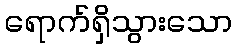
ရောက်ရှိသွားသော